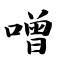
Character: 噌